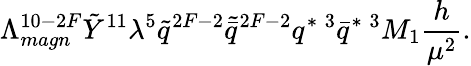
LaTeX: \Lambda_{magn}^{10-2F}\tilde{Y}^{11}\lambda^{5}\tilde{q}^{2F-2}\tilde{\bar{q}}^{2F-2}q^{*\; 3}\bar{q}^{*\; 3}M_{1}\frac{h}{\mu^{2}}.